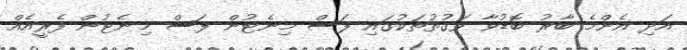
އަދި އެންމެ ބާރު ބޮޑުވާ ވަގުތުތަކުގައި ފަސް މިނެޓުން ފަސް މިނެޓުން ފެރީއެއް